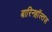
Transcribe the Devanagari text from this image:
बारिनहाॅल्तज़